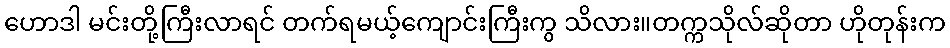
ဟောဒါ မင်းတို့ကြီးလာရင် တက်ရမယ့်ကျောင်းကြီးကွ သိလား။တက္ကသိုလ်ဆိုတာ ဟိုတုန်းက